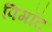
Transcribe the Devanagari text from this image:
पिगॉट